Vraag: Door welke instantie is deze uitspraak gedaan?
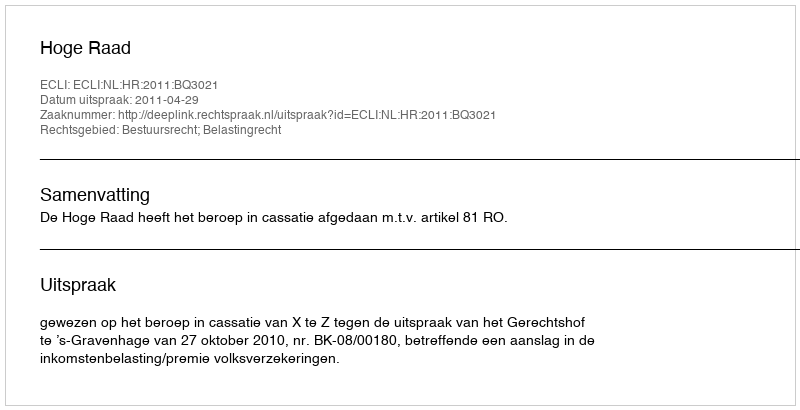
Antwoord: Hoge Raad